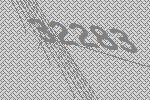
32283